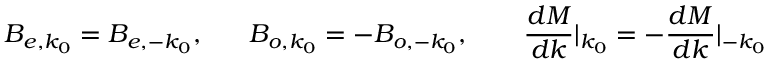
B _ { e , k _ { 0 } } = B _ { e , - k _ { 0 } } , ~ ~ ~ ~ ~ B _ { o , k _ { 0 } } = - B _ { o , - k _ { 0 } } , ~ ~ ~ ~ ~ ~ \frac { d M } { d k } | _ { k _ { 0 } } = - \frac { d M } { d k } | _ { - k _ { 0 } }